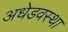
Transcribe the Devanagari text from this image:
अधेडवस्था